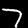
Label: 7